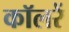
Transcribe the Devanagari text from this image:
कॉलरें